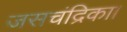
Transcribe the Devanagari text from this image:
जसचंद्रिका।